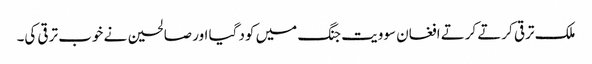
ملک ترقی کرتے کرتے افغان سوویت جنگ میں کود گیا اور صالحین نے خوب ترقی کی۔